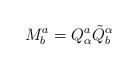
LaTeX: \begin{align*}M^a_{b}=Q^a_{\alpha}\tilde{Q}^{\alpha}_b\end{align*}